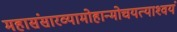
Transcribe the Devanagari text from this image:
महासंसारव्यामोहान्मोचयत्याश्‍वयं